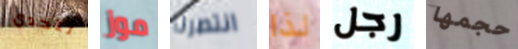
لتحدي موز انتصرنا لذا رجل حجمها